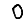
Digit: 0